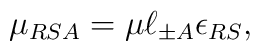
\mu_{RSA} = \mu \ell_{\pm A} \epsilon_{RS},